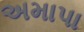
અમાપા